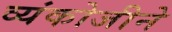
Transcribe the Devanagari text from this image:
व्यंकोजीने